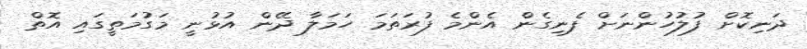
ދަނިކޮށް ފުލުހުންނަށް ފެނިގެން އެންމެ ފުރަތަމަ ހަމަލާ ދޭން އުޅުނީ މަގުމަތީގައި އޮތް